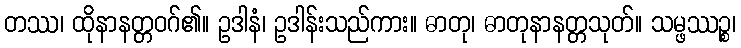
တဿ၊ ထိုနာနတ္တဝဂ်၏။ ဥဒါနံ၊ ဥဒါန်းသည်ကား။ ဓာတု၊ ဓာတုနာနတ္တသုတ်။ သမ္ဖဿဉ္စ၊